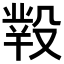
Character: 𣪲